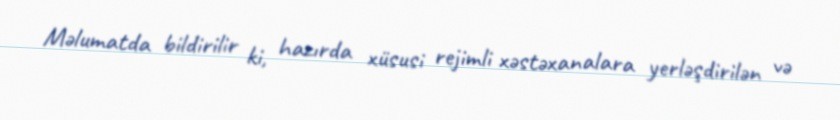
Məlumatda bildirilir ki, hazırda xüsusi rejimli xəstəxanalara yerləşdirilən və